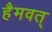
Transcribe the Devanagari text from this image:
हैमवत्